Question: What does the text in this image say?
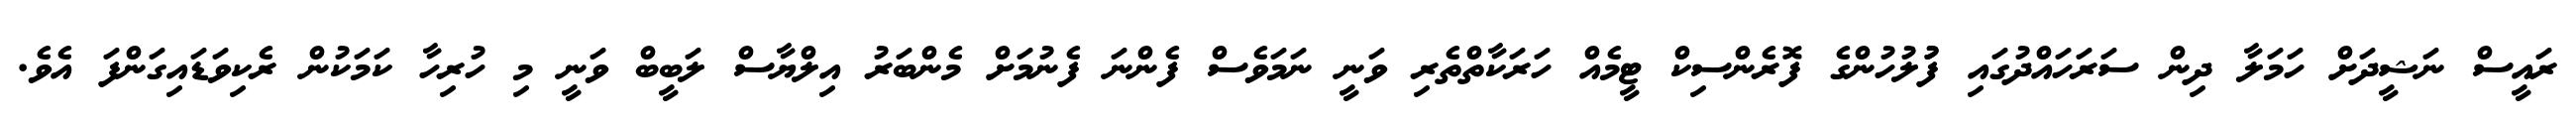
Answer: ރައީސް ނަޝީދަށް ހަމަލާ ދިން ސަރަހައްދުގައި ފުުލުހުންގެ ފޮރެންސިކް ޓީމެއް ހަރަކާތްތެރި ވަނީ ނަމަވެސް ފެންނަ ފެނުމަށް މެންބަރު އިލްޔާސް ލަބީބް ވަނީ މި ހުރިހާ ކަމަކުން ރެކިވަޑައިގަންފަ އެވެ.